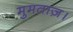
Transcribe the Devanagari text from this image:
मुमताज़।